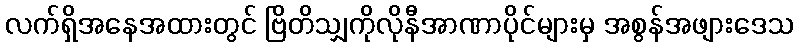
လက်ရှိအနေအထားတွင် ဗြိတိသျှကိုလိုနီအာဏာပိုင်များမှ အစွန်အဖျားဒေသ